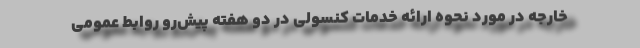
خارجه در مورد نحوه ارائه خدمات کنسولی در دو هفته پیش‌رو روابط عمومی